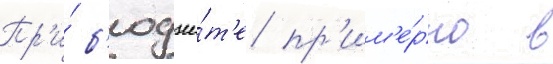
Пр'и́ б'юдже́т'е пр'им'е́рно в